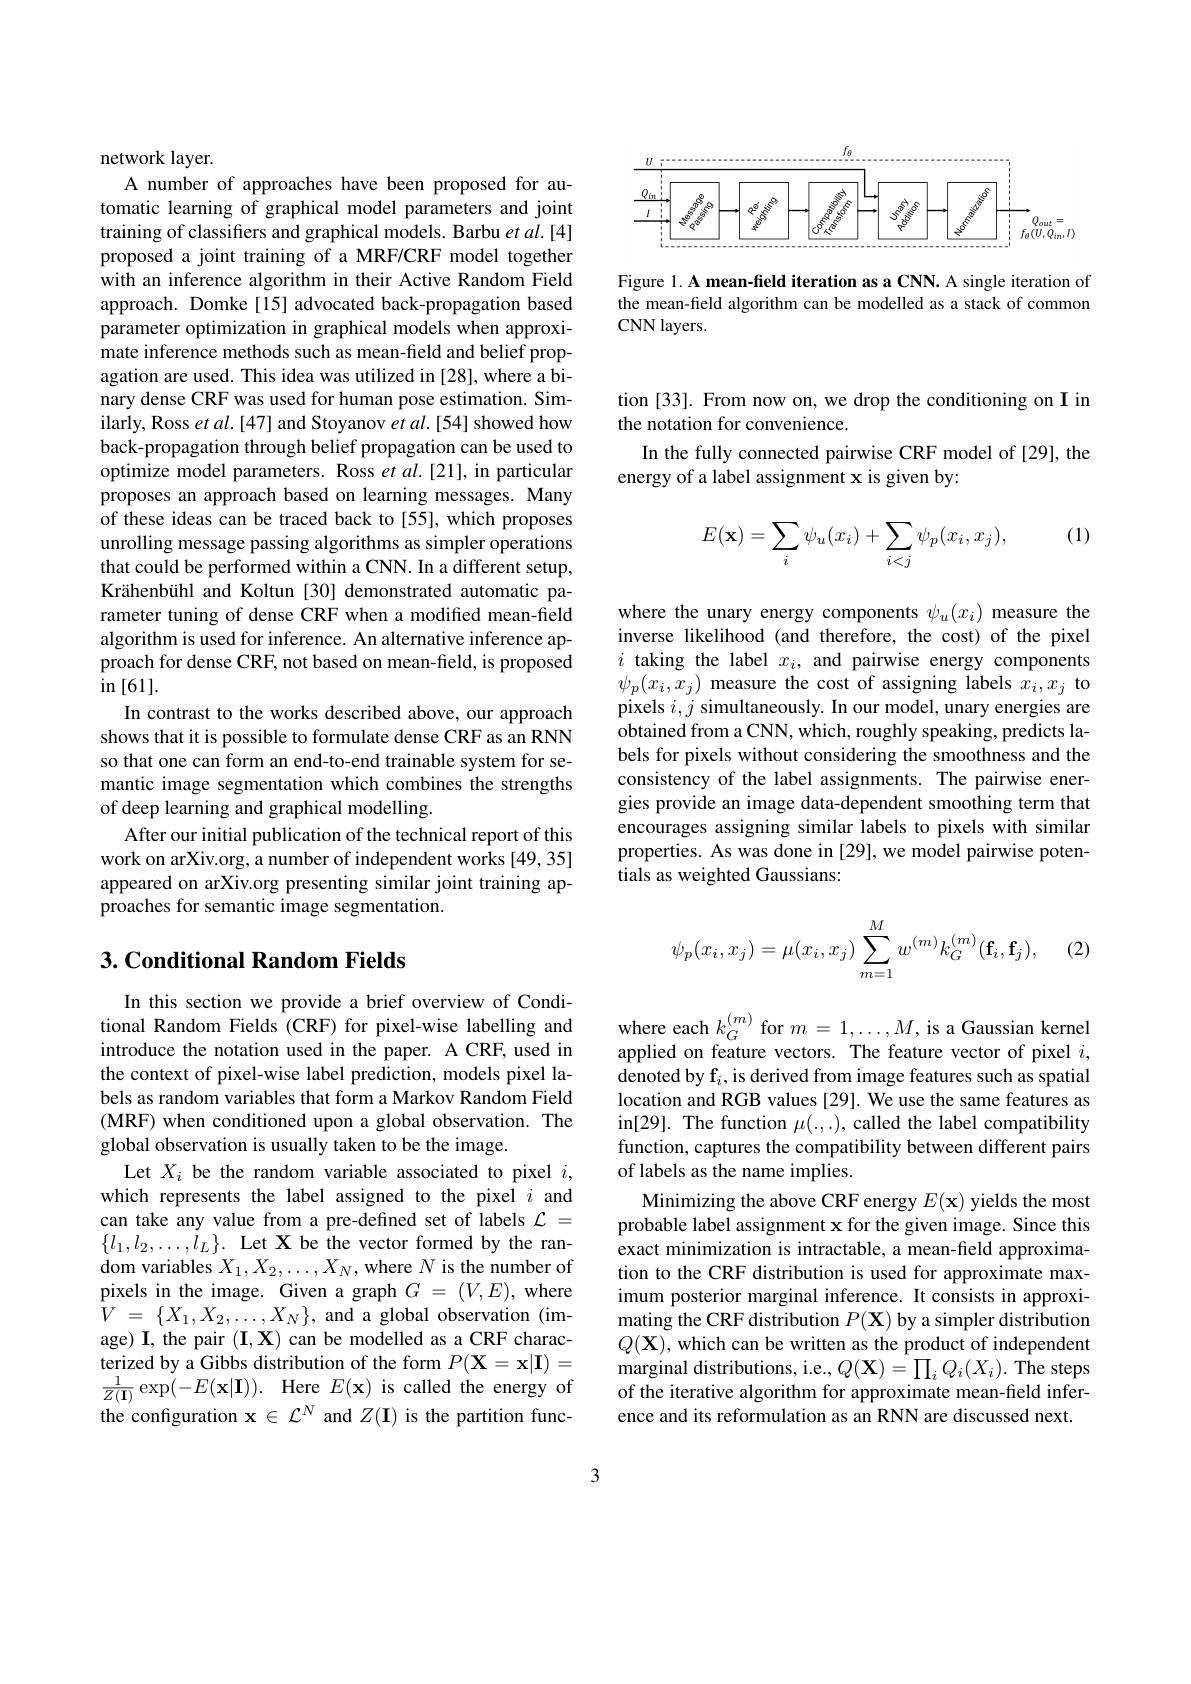
<FigureHere>

Figure 1. A mean-field iteration as a CNN. A single iteration of the mean-field algorithm can be modelled as a stack of common CNN layers.

network layer.

A number of approaches have been proposed for automatic learning of graphical model parameters and joint training of classifers and graphical models. Barbu et al.[4] proposed a joint training of a MRF/CRF model together with an inference algorithm in their Active Random Field approach. Domke[15] advocated back-propagation based parameter optimization in graphical models when approximate inference methods such as mean-feld and belief propagation are used. This idea was utilized in [28], where a binary dense CRF was used for human pose estimation. Similarly, Ross et $al.[47]$ and Stoyanov $et\textit{al. [ 54] showed how}$ back-propagation through belief propagation can be used to optimize model parameters. Ross et $al.[21]$, in particular proposes an approach based on learning messages. Many of these ideas can be traced back to [55], which proposes unrolling message passing algorithms as simpler operations that could be performed within a CNN. In a different setup, Krähenbühl and Koltun [30] demonstrated automatic parameter tuning of dense CRF when a modified mean-field algorithm is used for inference. An alternative inference approach for dense CRF, not based on mean-field, is proposed in[61].
In contrast to the works described above, our approach shows that it is possible to formulate dense CRF as an RNN so that one can form an end-to-end trainable system for semantic image segmentation which combines the strengths of deep learning and graphical modelling.
After our initial publication of the technical report of this work on arXiv.org, a number of independent works [49,35] appeared on arXiv.org presenting similar joint training approaches for semantic image segmentation.

## $3. \textbf{Conditional Random Fields}$

In this section we provide a brief overview of Conditional Random Fields (CRF) for pixel-wise labelling and introduce the notation used in the paper. A CRF, used in the context of pixel-wise label prediction, models pixel labels as random variables that form a Markov Random Field (MRF) when conditioned upon a global observation. The global observation is usually taken to be the image.
Let $X_i$ be the random variable associated to pixel $i$, which represents the label assigned to the pixel $i$ and can take any value from a pre-defined set of labels $\mathcal{L}=$ $\{l_{1},l_{2},\ldots,l_{L}\}.$ Let X be the vector formed by the random variables $X_1,X_2,\ldots,X_N$, where $N$ is the number of pixels in the image. Given a graph $G=(V,E)$, where $V$ = $\{ X_{1}, X_{2}, \ldots , X_{N}\} $, and a global observation (image) I, the pair $(\mathbf{I},\mathbf{X})$ can be modelled as a CRF characterized by a Gibbs distribution of the form $P(\mathbf{X}=\mathbf{x}|\mathbf{I})=$ $\frac 1{Z( \mathbf{I} ) }\exp ( - E( \mathbf{x} | \mathbf{I} ) ) .$ Here$E(\mathbf{x})$iscalled the energy of the configuration $\mathbf{x}\in\mathcal{L}^N$ and $Z(\mathbf{I})$ is the partition func-

tion [33]. From now on, we drop the conditioning on I in
the notation for convenience.
In the fully connected pairwise CRF model of [29], the
energy of a label assignment x is given by:

(1)
$$E(\mathbf{x})=\sum_i\psi_u(x_i)+\sum_{i<j}\psi_p(x_i,x_j),$$
where the unary energy components $\psi_u(x_i)$ measure the inverse likelihood (and therefore, the cost) of the pixel $i$ taking the label $x_i$, and pairwise energy components $\psi_{p}(x_{i},x_{j})$ measure the cost of assigning labels $x_i,x_{j}$ to pixels $i,j$ simultaneously. In our model, unary energies are obtained from a CNN, which, roughly speaking, predicts labels for pixels without considering the smoothness and the consistency of the label assignments. The pairwise energies provide an image data-dependent smoothing term that encourages assigning similar labels to pixels with similar properties. As was done in [29], we model pairwise potentials as weighted Gaussians:
$$\psi_p(x_i,x_j)=\mu(x_i,x_j)\sum_{m=1}^Mw^{(m)}k_G^{(m)}(\mathbf{f}_i,\mathbf{f}_j),$$
(2,

where each $k_G^{(m)}$ for $m=1,\ldots,M$, is a Gaussian kernel applied on feature vectors. The feature vector of pixel $i$, denoted by f$_i$, is derived from image features such as spatial location and RGB values [29]. We use the same features as in[ 29] . The function $\mu$( . , . ) , called the label compatibility function, captures the compatibility between different pairs of labels as the name implies.
Minimizing the above CRF energy $E(\mathbf{x})$ yields the most probable label assignment x for the given image. Since this exact minimization is intractable, a mean-field approximation to the CRF distribution is used for approximate maximum posterior marginal inference. It consists in approximating the CRF distribution $P(\mathbf{X})$ by a simpler distribution $Q(\mathbf{X})$, which can be written as the product of independent marginal distributions, i.e., $Q(\mathbf{X})=\prod_iQ_i(X_i).$ The steps of the iterative algorithm for approximate mean-field inference and its reformulation as an RNN are discussed next.

3